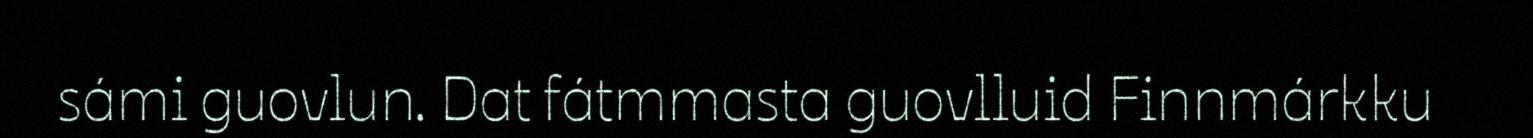
sámi guovlun. Dat fátmmasta guovlluid Finnmárkku